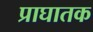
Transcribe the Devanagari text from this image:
प्राघातक